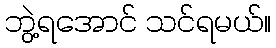
ဘွဲ့ရအောင် သင်ရမယ်။